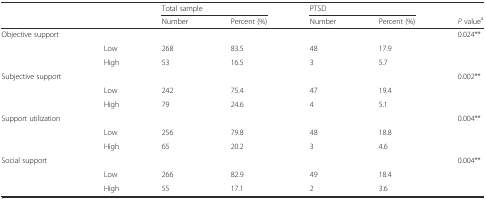
|  |  | <COLSPAN=2> Total sample | <COLSPAN=2> PTSD |  |
 |  |  | Number | Percent (%) | Number | Percent (%) | P valuea |
 | --- | --- | --- | --- | --- | --- | --- |
 | Objective support |  |  |  |  |  | 0.024** |
 |  | Low | 268 | 83.5 | 48 | 17.9 |  |
 |  | High | 53 | 16.5 | 3 | 5.7 |  |
 | Subjective support |  |  |  |  |  | 0.002** |
 |  | Low | 242 | 75.4 | 47 | 19.4 |  |
 |  | High | 79 | 24.6 | 4 | 5.1 |  |
 | Support utilization |  |  |  |  |  | 0.004** |
 |  | Low | 256 | 79.8 | 48 | 18.8 |  |
 |  | High | 65 | 20.2 | 3 | 4.6 |  |
 | Social support |  |  |  |  |  | 0.004** |
 |  | Low | 266 | 82.9 | 49 | 18.4 |  |
 |  | High | 55 | 17.1 | 2 | 3.6 |  |